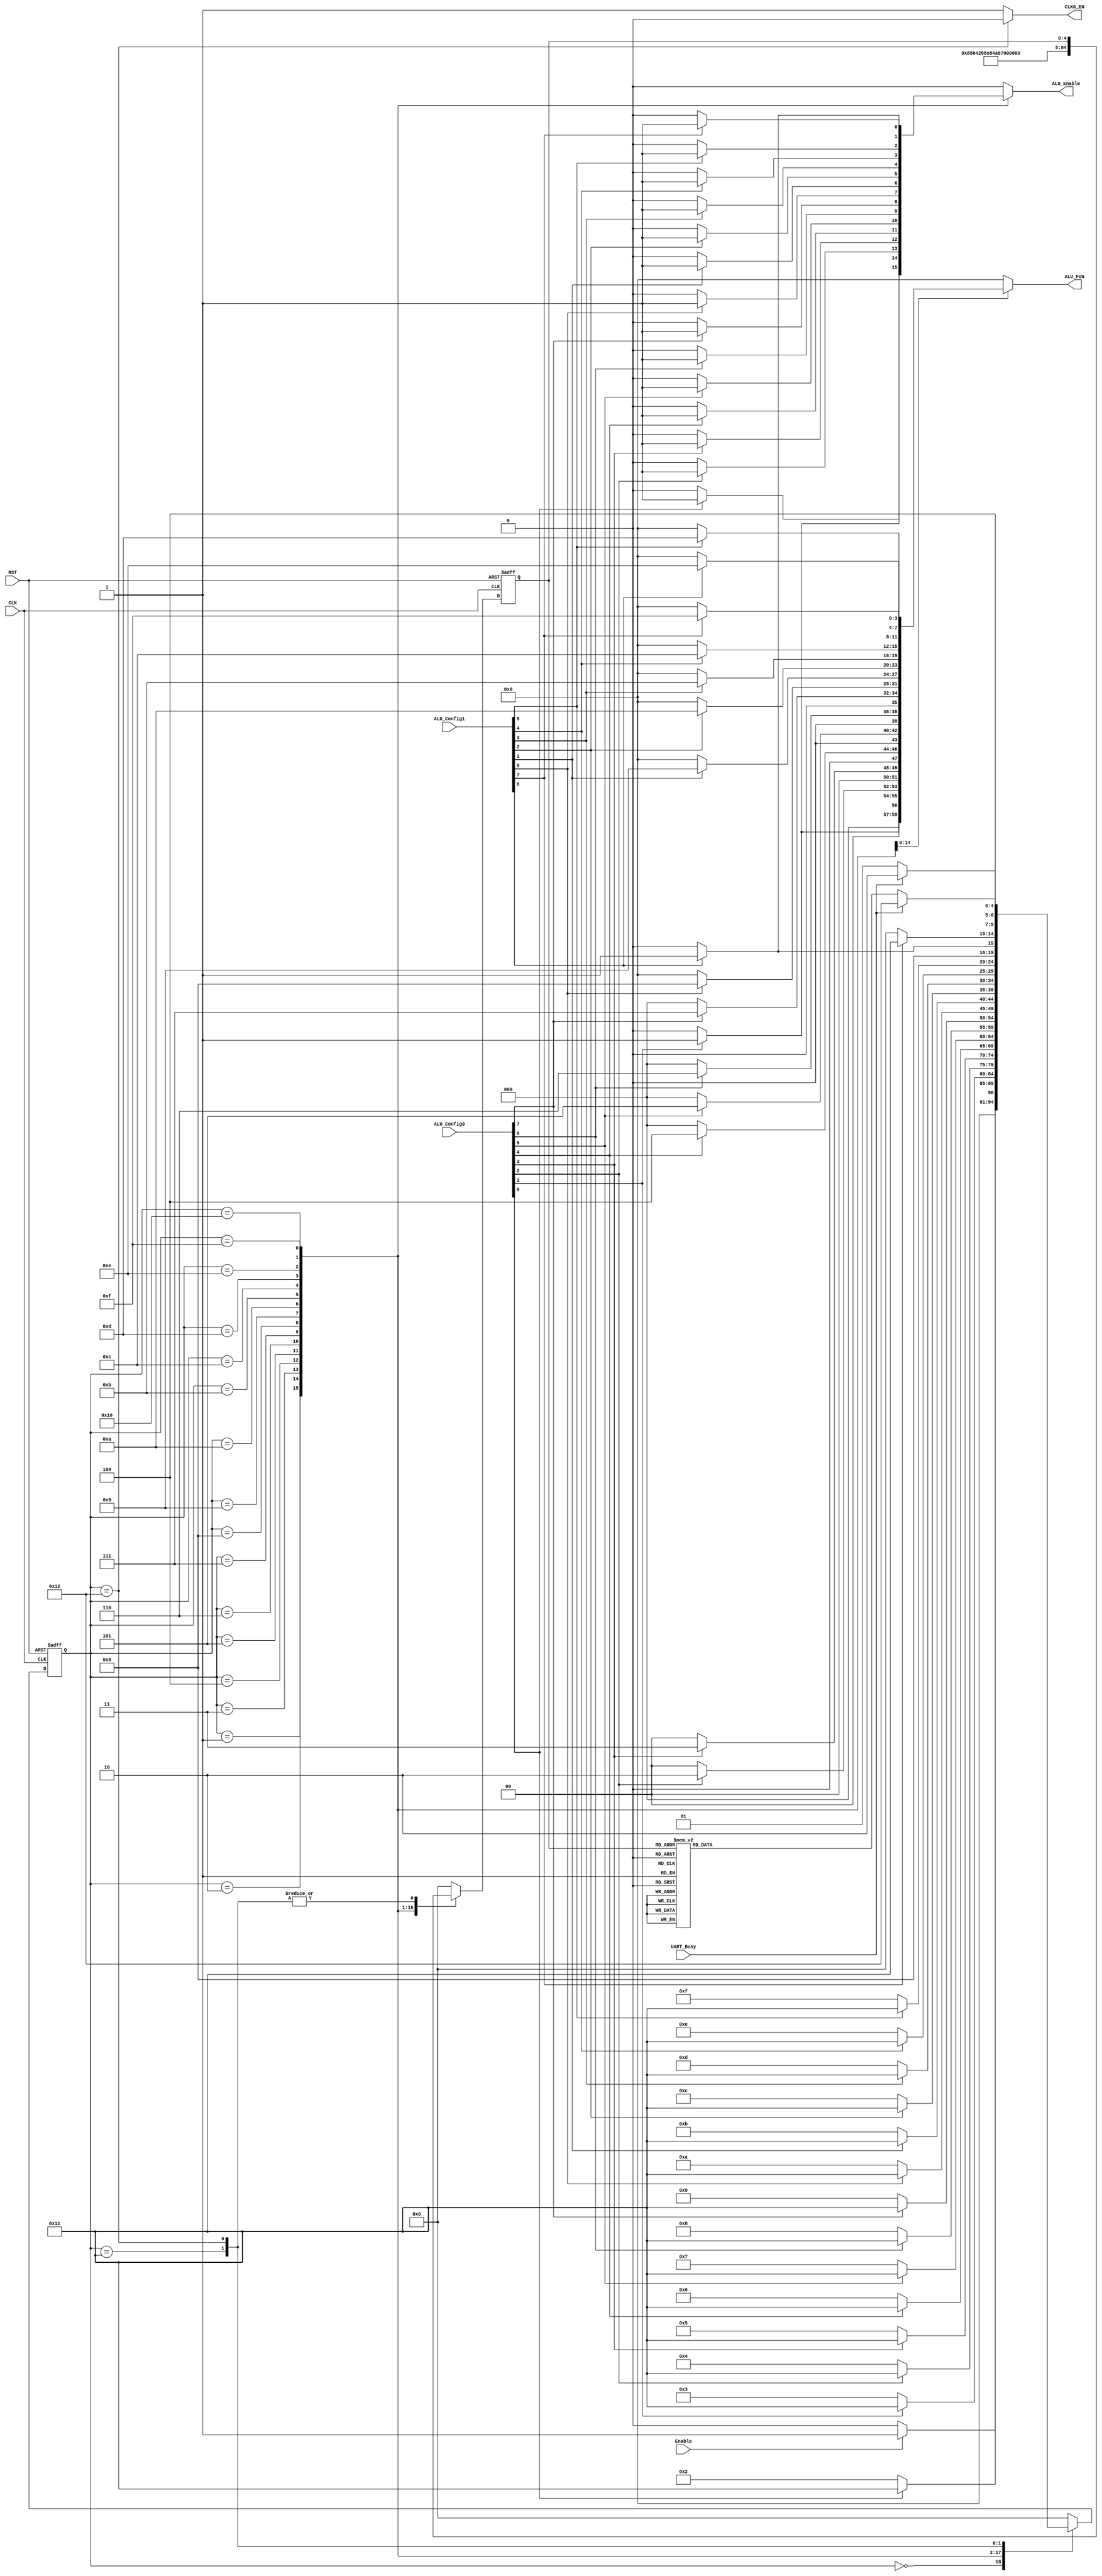

module FSM_Controller #(parameter WIDTH = 8 , ALU_FUN_WD = 4)(

input    wire                  CLK,
input    wire                  RST,
input    wire                  Enable,
input    wire [WIDTH-1:0]      ALU_Config0,
input    wire [WIDTH-1:0]      ALU_Config1,
input    wire                  UART_Busy,
output   reg  [ALU_FUN_WD-1:0] ALU_FUN,
output   reg                   ALU_Enable,
output   reg                   CLKG_EN
);

// gray state encoding
parameter   [4:0]      IDLE       = 5'b00000,
                       CHK_ADD    = 5'b00001,
					   CHK_SUB    = 5'b00010,
					   CHK_MULT   = 5'b00011,
					   CHK_DIV    = 5'b00100,
                       CHK_AND    = 5'b00101,
					   CHK_OR     = 5'b00110,
					   CHK_NAND   = 5'b00111,
					   CHK_NOR    = 5'b01000,
					   CHK_XOR    = 5'b01001,					   
					   CHK_XNOR   = 5'b01010,						   
					   CHK_EQ_CMP = 5'b01011,
					   CHK_GR_CMP = 5'b01100,
					   CHK_LS_CMP = 5'b01101,					   
					   CHK_SFT_R  = 5'b01110,
					   CHK_SFT_L  = 5'b01111,
					   CHK_NO_OP  = 5'b10000,
                       WAIT_BUSY_HIGH = 5'b10001,
                       WAIT_BUSY_LOW  = 5'b10010;					   
					   
reg         [4:0]      current_state , 
                       next_state ;
			
reg         [4:0]      state_flag ;
			
//state transiton 
always @ (posedge CLK or negedge RST)
 begin
  if(!RST)
   begin
    current_state <= IDLE ;
   end
  else
   begin
    current_state <= next_state ;
   end
 end


// next state logic
always @ (*)
 begin
  CLKG_EN = 1'b1 ;  
  ALU_FUN = 'b0000 ;
  ALU_Enable = 1'b0 ;  
  case(current_state)
  IDLE      : begin
               CLKG_EN = 1'b1 ;  
			   ALU_FUN = 'b0000 ;
			   ALU_Enable = 1'b0 ;    
               if(Enable)
			    next_state = CHK_ADD ;
			   else
			    next_state = IDLE ; 			
              end
  CHK_ADD   : begin
               CLKG_EN = 1'b1 ; 
               if(ALU_Config0[0])
			    begin
				 ALU_FUN = 'd0 ;
				 ALU_Enable = 1'b1 ;
			     next_state = WAIT_BUSY_HIGH ;				 
				end
			   else 
                begin
			     ALU_Enable = 1'b0 ;				
			     next_state = CHK_SUB ;               
                end			   
              end
  CHK_SUB   : begin
               CLKG_EN = 1'b1 ; 
               if(ALU_Config0[1])
			    begin
				 ALU_FUN = 'd1 ;
				 ALU_Enable = 1'b1 ;
			     next_state = WAIT_BUSY_HIGH ;				 
				end
			   else 
                begin
			     ALU_Enable = 1'b0 ;	
			     next_state = CHK_MULT ;               
                end						
              end
  CHK_MULT  : begin
              CLKG_EN = 1'b1 ;  
               if(ALU_Config0[2])
			    begin
				 ALU_FUN = 'd2 ;
				 ALU_Enable = 1'b1 ;
			     next_state = WAIT_BUSY_HIGH ;				 
				end
			   else 
                begin
			     ALU_Enable = 1'b0 ;	
			     next_state = CHK_DIV ;               
                end						
              end
  CHK_DIV   : begin
              CLKG_EN = 1'b1 ;  
               if(ALU_Config0[3])
			    begin
				 ALU_FUN = 'd3 ;
				 ALU_Enable = 1'b1 ;
			     next_state = WAIT_BUSY_HIGH ;				 
				end
			   else 
                begin
			     ALU_Enable = 1'b0 ;	
			     next_state = CHK_AND ;               
                end						
              end
  CHK_AND   : begin
              CLKG_EN = 1'b1 ; 
               if(ALU_Config0[4])
			    begin
				 ALU_FUN = 'd4 ;
				 ALU_Enable = 1'b1 ;
			     next_state = WAIT_BUSY_HIGH ;						 
				end
			   else 
                begin
			     ALU_Enable = 1'b0 ;	
			     next_state = CHK_OR ;               
                end						
              end
  CHK_OR    : begin
              CLKG_EN = 1'b1 ; 
               if(ALU_Config0[5])
			    begin
				 ALU_FUN = 'd5 ;
				 ALU_Enable = 1'b1 ;
			     next_state = WAIT_BUSY_HIGH ;					 
				end
			   else 
                begin
			     ALU_Enable = 1'b0 ;	
			     next_state = CHK_NAND ;               
                end						
              end
  CHK_NAND  : begin
              CLKG_EN = 1'b1 ; 
               if(ALU_Config0[6])
			    begin
				 ALU_FUN = 'd6 ;
				 ALU_Enable = 1'b1 ;
			     next_state = WAIT_BUSY_HIGH ;						 
				end
			   else 
                begin
			     ALU_Enable = 1'b0 ;	
			     next_state = CHK_NOR ;               
                end						
              end					   		  
  CHK_NOR  : begin
              CLKG_EN = 1'b1 ;   
               if(ALU_Config0[7])
			    begin
				 ALU_FUN = 'd7 ;
				 ALU_Enable = 1'b1 ;
			     next_state = WAIT_BUSY_HIGH ;						 
				end
			   else 
                begin
			     ALU_Enable = 1'b0 ;	
			     next_state = CHK_XOR ;               
                end						
              end	
  CHK_XOR  : begin
              CLKG_EN = 1'b1 ;  
               if(ALU_Config1[0])
			    begin
				 ALU_FUN = 'd8 ;
				 ALU_Enable = 1'b1 ;
			     next_state = WAIT_BUSY_HIGH ;					 
				end
			   else 
                begin
			     ALU_Enable = 1'b0 ;	
			     next_state = CHK_XNOR ;               
                end						
              end	
  CHK_XNOR  : begin
              CLKG_EN = 1'b1 ;  
               if(ALU_Config1[1])
			    begin
				 ALU_FUN = 'd9 ;
				 ALU_Enable = 1'b1 ;
			     next_state = WAIT_BUSY_HIGH ;					 
				end
			   else 
                begin
			     next_state = CHK_EQ_CMP ;               
                end						
              end	
  CHK_EQ_CMP : begin
               CLKG_EN = 1'b1 ;   
               if(ALU_Config1[2])
			    begin
				 ALU_FUN = 'd10 ;
				 ALU_Enable = 1'b1 ;
			     next_state = WAIT_BUSY_HIGH ;				 
				end
			   else 
                begin
			     ALU_Enable = 1'b0 ;	
			     next_state = CHK_GR_CMP ;               
                end						
              end	
  CHK_GR_CMP : begin
               CLKG_EN = 1'b1 ;    
               if(ALU_Config1[3])
			    begin
				 ALU_FUN = 'd11 ;
				 ALU_Enable = 1'b1 ;
			     next_state = WAIT_BUSY_HIGH ;					 
				end
			   else 
                begin
			     ALU_Enable = 1'b0 ;	
			     next_state = CHK_LS_CMP ;               
                end						
              end	
  CHK_LS_CMP : begin
               CLKG_EN = 1'b1 ; 
               if(ALU_Config1[4])
			    begin
				 ALU_FUN = 'd12 ;
				 ALU_Enable = 1'b1 ;
			     next_state = WAIT_BUSY_HIGH ;					 
				end
			   else 
                begin
			     ALU_Enable = 1'b0 ;	
			     next_state = CHK_SFT_R ;               
                end						
              end
  CHK_SFT_R  : begin
               CLKG_EN = 1'b1 ;  
               if(ALU_Config1[5])
			    begin
				 ALU_FUN = 'd13 ;
				 ALU_Enable = 1'b1 ;
			     next_state = WAIT_BUSY_HIGH ;					 
				end
			   else 
                begin
			     ALU_Enable = 1'b0 ;	
			     next_state = CHK_SFT_L ;               
                end						
              end
  CHK_SFT_L : begin
              CLKG_EN = 1'b1 ;
               if(ALU_Config1[6])
			    begin
				 ALU_FUN = 'd14 ;
				 ALU_Enable = 1'b1 ;
			     next_state = WAIT_BUSY_HIGH ;					 
				end
			   else 
                begin
			     ALU_Enable = 1'b0 ;	
			     next_state = CHK_NO_OP ;               
                end						
              end
  CHK_NO_OP : begin
              CLKG_EN = 1'b1 ;
               if(ALU_Config1[7])
			    begin
				 ALU_FUN = 'd15 ;
				 ALU_Enable = 1'b1 ;
			     next_state = WAIT_BUSY_HIGH ;					 
				end
			   else 
                begin
			     ALU_Enable = 1'b0 ;	
			     next_state = IDLE ;               
                end						
              end
  WAIT_BUSY_HIGH : begin
              CLKG_EN = 1'b1 ;
			  ALU_Enable = 1'b0 ; 
               if(UART_Busy)
			    begin
			     next_state = WAIT_BUSY_LOW ;					 
				end
			   else 
                begin
			     next_state = WAIT_BUSY_HIGH ;	            
                end						
              end			  
  WAIT_BUSY_LOW  : begin
               CLKG_EN = 1'b0 ;
			   ALU_Enable = 1'b0 ;				   
               if(UART_Busy)       // still uart is working
			    begin
			     next_state = WAIT_BUSY_LOW ;				 
				end
			   else 
                begin
				 case(state_flag)
				  5'd0  :  next_state = IDLE ;   
				  5'd1  :  next_state = CHK_SUB ;  
		 		  5'd2  :  next_state = CHK_MULT ;  
		 		  5'd3  :  next_state = CHK_DIV ;  
		 		  5'd4  :  next_state = CHK_AND ;  
		 		  5'd5  :  next_state = CHK_OR ;  
		 		  5'd6  :  next_state = CHK_NAND ;  
				  5'd7  :  next_state = CHK_NOR ;  
				  5'd8  :  next_state = CHK_XOR ;  
				  5'd9  :  next_state = CHK_XNOR ;  
				  5'd10 :  next_state = CHK_EQ_CMP ;  
				  5'd11 :  next_state = CHK_GR_CMP ;  
				  5'd12 :  next_state = CHK_LS_CMP ;  
				  5'd13 :  next_state = CHK_SFT_R ;  
				  5'd14 :  next_state = CHK_SFT_L ; 
				  5'd15 :  next_state = CHK_NO_OP ;  
				  5'd16 :  next_state = IDLE ;   		  // finsh checking all the operations	
                  default : next_state = IDLE ; 
                 endcase				 
                end						
              end			  
  default   : begin
			   next_state = IDLE ; 
              end	
  endcase                 	   
 end 

// state flag logic
always @ (posedge CLK or negedge RST)
begin
 if(!RST)
  begin
   state_flag <= 5'd0 ;  
  end
 else  
  case(current_state)
  IDLE      : begin	
			   state_flag <= 5'd0 ;    
              end
  CHK_ADD   : begin
			   state_flag <= 5'd1 ;     
              end
  CHK_SUB   : begin
			   state_flag <= 5'd2 ;  			
              end
  CHK_MULT  : begin
			  state_flag <= 5'd3 ;    		
              end
  CHK_DIV   : begin
			  state_flag <= 5'd4 ;    				
              end
  CHK_AND   : begin
			  state_flag <= 5'd5 ;    				
              end
  CHK_OR    : begin
			  state_flag <= 5'd6 ;    					
              end
  CHK_NAND  : begin
			  state_flag <= 5'd7 ;    		
              end					   		  
  CHK_NOR  : begin
			  state_flag <= 5'd8 ;    		
              end	
  CHK_XOR  : begin
			  state_flag <= 5'd9 ;    	
              end	
  CHK_XNOR  : begin
			  state_flag <= 5'd10 ;    		
              end	
  CHK_EQ_CMP : begin
			   state_flag <= 5'd11 ;    			
              end	
  CHK_GR_CMP : begin
			   state_flag <= 5'd12 ;    				
              end	
  CHK_LS_CMP : begin
  			   state_flag <= 5'd13 ;  		
              end
  CHK_SFT_R  : begin
  			   state_flag <= 5'd14 ;  	
              end
  CHK_SFT_L : begin
  			  state_flag <= 5'd15 ;  
              end
  CHK_NO_OP : begin
  			  state_flag <= 5'd16 ;  			
              end
  WAIT_BUSY_HIGH : begin				
                   end			  
  WAIT_BUSY_LOW  : begin
                   end
  default   : begin
			   state_flag <= 5'd0 ;   
              end	
  endcase                 	   
 end 

endmodule